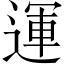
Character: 運